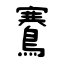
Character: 鶱